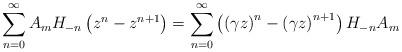
LaTeX: \begin{align*}\sum_{n=0}^\infty A_m H_{-n} \left( z^n - z^{n+1} \right) = \sum_{n=0}^\infty \left( \left( \gamma z \right)^n - \left( \gamma z \right)^{n+1} \right) H_{-n} A_m \end{align*}